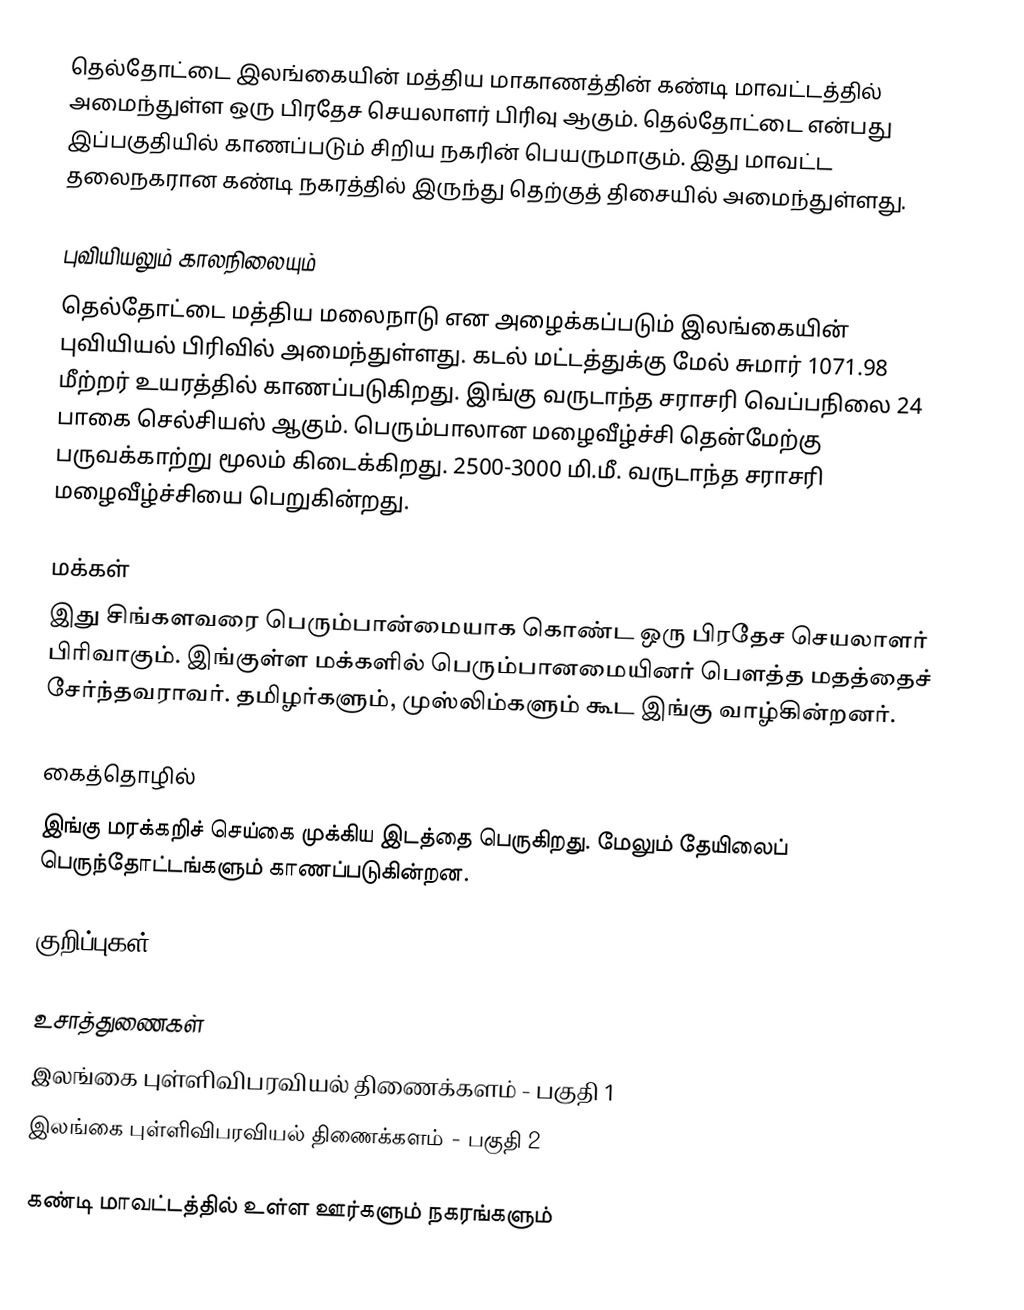
தெல்தோட்டை இலங்கையின் மத்திய மாகாணத்தின் கண்டி மாவட்டத்தில் அமைந்துள்ள ஒரு பிரதேச செயலாளர் பிரிவு ஆகும். தெல்தோட்டை என்பது இப்பகுதியில் காணப்படும்  சிறிய நகரின் பெயருமாகும். இது மாவட்ட தலைநகரான கண்டி நகரத்தில் இருந்து  தெற்குத் திசையில்  அமைந்துள்ளது.

புவியியலும் காலநிலையும்
தெல்தோட்டை  மத்திய மலைநாடு என அழைக்கப்படும்  இலங்கையின் புவியியல் பிரிவில் அமைந்துள்ளது. கடல் மட்டத்துக்கு மேல் சுமார் 1071.98 மீற்றர்  உயரத்தில் காணப்படுகிறது. இங்கு வருடாந்த சராசரி வெப்பநிலை 24 பாகை செல்சியஸ் ஆகும். பெரும்பாலான மழைவீழ்ச்சி தென்மேற்கு பருவக்காற்று மூலம் கிடைக்கிறது. 2500-3000 மி.மீ. வருடாந்த சராசரி மழைவீழ்ச்சியை பெறுகின்றது.

மக்கள்
இது சிங்களவரை பெரும்பான்மையாக கொண்ட ஒரு பிரதேச செயலாளர் பிரிவாகும். இங்குள்ள மக்களில் பெரும்பானமையினர் பௌத்த மதத்தைச் சேர்ந்தவராவர். தமிழர்களும், முஸ்லிம்களும் கூட இங்கு வாழ்கின்றனர்.

கைத்தொழில்
இங்கு மரக்கறிச் செய்கை முக்கிய இடத்தை பெருகிறது. மேலும் தேயிலைப் பெருந்தோட்டங்களும் காணப்படுகின்றன.

குறிப்புகள்

உசாத்துணைகள்
 இலங்கை புள்ளிவிபரவியல் திணைக்களம் - பகுதி 1
 இலங்கை புள்ளிவிபரவியல் திணைக்களம் - பகுதி 2

கண்டி மாவட்டத்தில் உள்ள ஊர்களும் நகரங்களும்